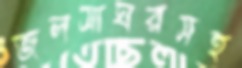
জলসাঘরসহ